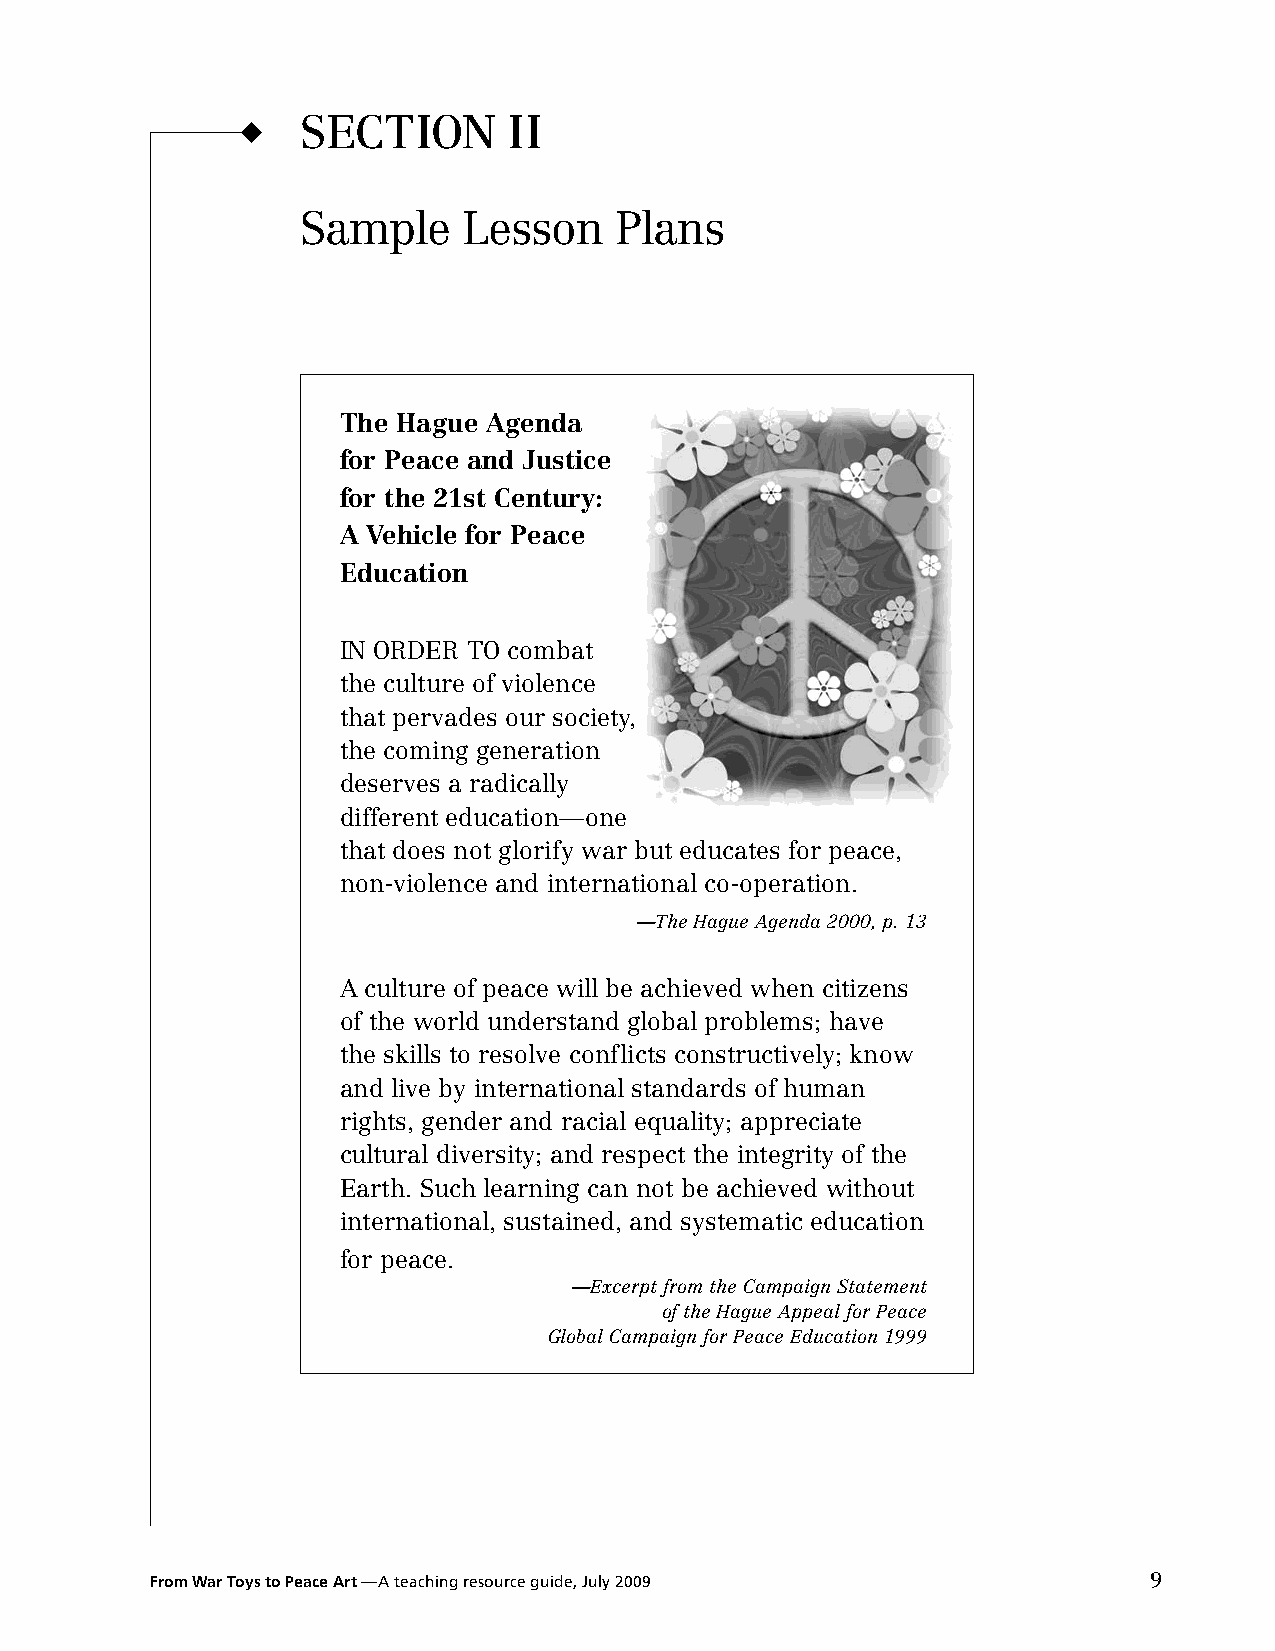
u   SECTION       II
 Sample     Lesson    Plans
 The Hague Agenda
 for Peace and Justice
 for the 21st Century:
 A Vehicle for Peace
 Education
 IN ORDER TO combat
 the culture of violence
 that pervades our society,
 the coming generation
 deserves a radically
 different education—one
 that does not glorify war but educates for peace,
 non-violence and international co-operation.
 —The Hague Agenda 2000, p. 13
 A culture of peace will be achieved when citizens
 of the world understand global problems; have
 the skills to resolve conflicts constructively; know
 and live by international standards of human
 rights, gender and racial equality; appreciate
 cultural diversity; and respect the integrity of the
 Earth. Such learning can not be achieved without
 international, sustained, and systematic education
 for peace.
 —Excerpt from the Campaign Statement
 of the Hague Appeal for Peace
 Global Campaign for Peace Education 1999
 From War Toys to Peace Art —A teaching resource guide, July 2009  9